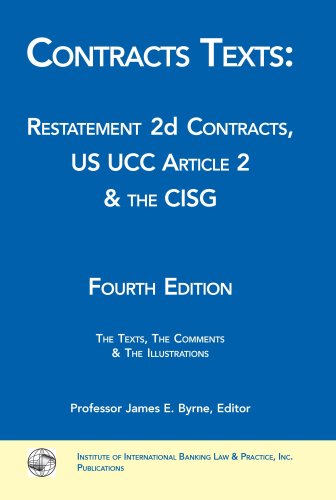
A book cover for Contracts Texts: Restatement 2d Contracts, UCC Article 2 & the CISG; Law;